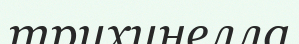
трихинелла